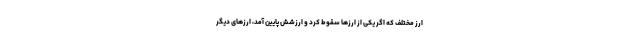
ارز مختلف که اگر یکی از ارزها سقوط کرد و ارزشش پایین آمد، ارزهای دیگر